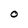
Character: 0